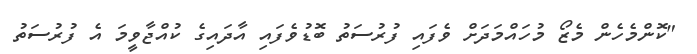
"ކޮންމެހެން މެޒޯ މުހައްމަދަށް ވެފައި ފުރުސަތު ބޮޑުވެފައި އާދައިގެ ކުއްޖާވީމަ އެ ފުރުސަތު